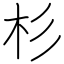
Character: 杉